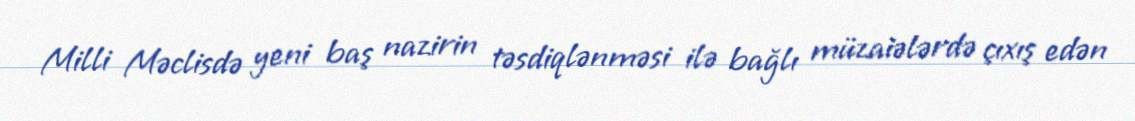
Milli Məclisdə yeni baş nazirin təsdiqlənməsi ilə bağlı müzaiələrdə çıxış edən